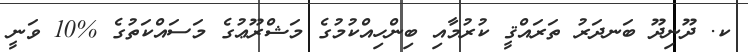
ކ. ދޫނިދޫ ބަނދަރު ތަރައްޤީ ކުރުމާއި ބިންހިއްކުމުގެ މަޝްރޫޢުގެ މަސައްކަތުގެ %10 ވަނީ